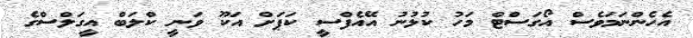
އެހެންނަމަވެސް އޯގަސްޓް މަހު ކުޅުނު އޭއެފްސީ ކަޕަށް އަކޫ ވަނީ ކްލަބް އީގަލްސްގެ